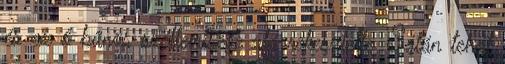
és az ő bűnös szellemisége alá rekesztette. Sátán tehát